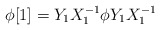
\begin{align*} \phi[1] = Y_{1} X_{1}^{-1} \phi Y_{1} X_{1}^{-1} \end{align*}